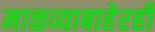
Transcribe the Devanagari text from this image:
माळव्याबाहेरही